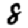
Digit: 8